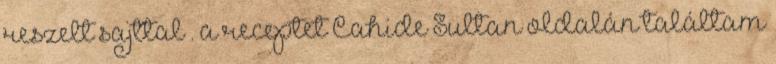
reszelt sajttal . a receptet Cahide Sultan oldalán találtam